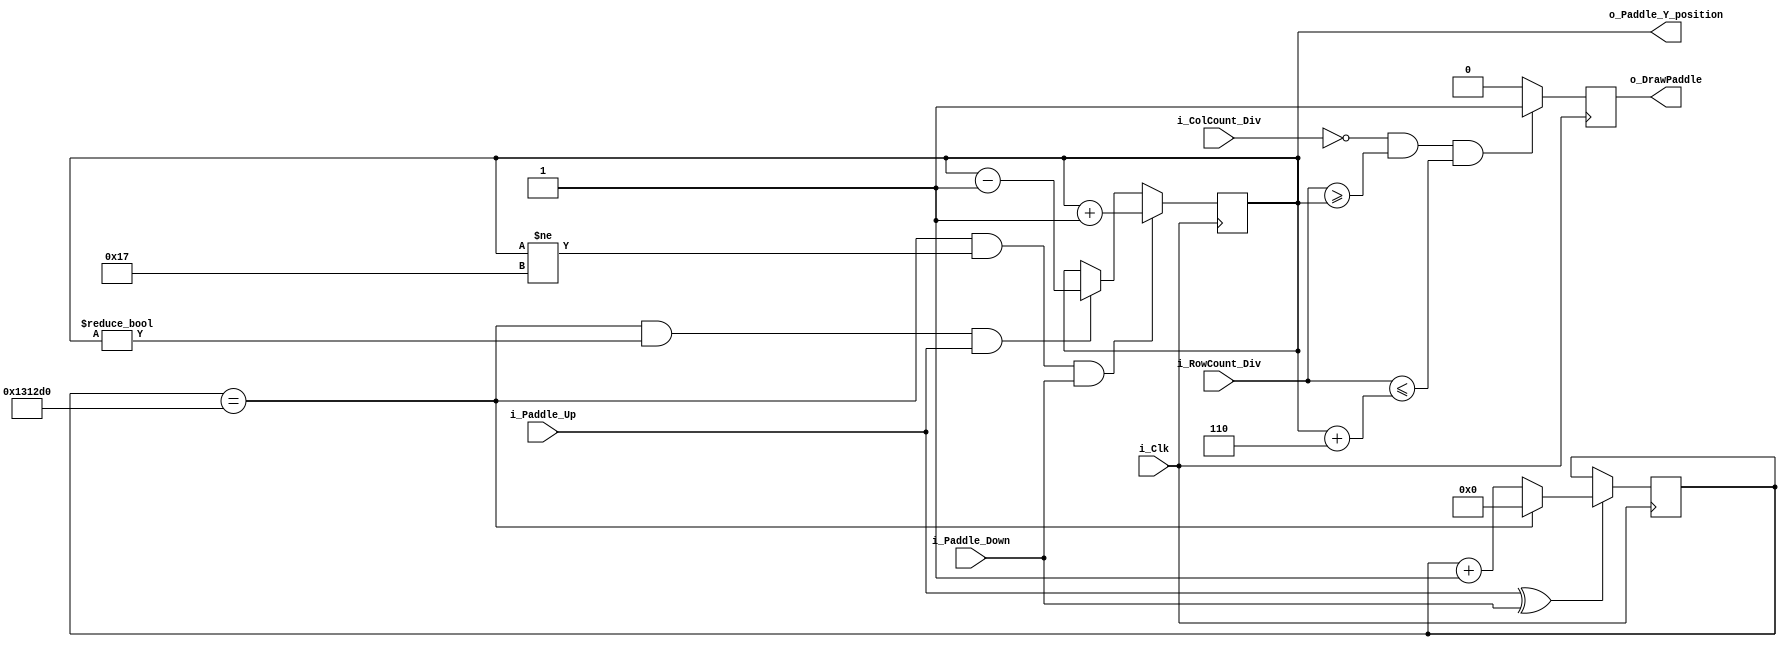
`default_nettype none

module pong_paddle_control #(
    parameter c_PADDLE_X_POSITION = 0,
    parameter c_PADDLE_HEIGHT = 6,
    parameter c_GAME_WINDOW_HEIGHT = 30
)
(
    input wire i_Clk,
    input wire [5:0] i_ColCount_Div,
    input wire [5:0] i_RowCount_Div,
    input wire i_Paddle_Up,
    input wire i_Paddle_Down,
    output reg o_DrawPaddle,
    output reg [5:0] o_Paddle_Y_position = 0
);

    // The system clock is 25 MHz, which means that one clock cycle is 1/25 Mhz = 40 ns
    // If we choose to have a 50 ms delay between each paddle movement we get 50 ms / 40 ns = 1250000 clock cycles
    localparam c_PADDLE_DELAY_CYCLES= 1250000;

    reg [31:0] r_PaddleDelayCounter = 0;
    wire w_Paddle_Command_Valid;
    assign w_Paddle_Command_Valid = i_Paddle_Up ^ i_Paddle_Down;

    always @(posedge i_Clk) begin
        
        if (w_Paddle_Command_Valid == 1'b1) begin
            if (r_PaddleDelayCounter == c_PADDLE_DELAY_CYCLES) begin
                r_PaddleDelayCounter <= 0;
            end
            else begin
               r_PaddleDelayCounter <= r_PaddleDelayCounter + 1; 
            end
        end

        if ((r_PaddleDelayCounter == c_PADDLE_DELAY_CYCLES) && (o_Paddle_Y_position != (c_GAME_WINDOW_HEIGHT - c_PADDLE_HEIGHT - 1)) && (i_Paddle_Down == 1'b1)) begin
            o_Paddle_Y_position <= o_Paddle_Y_position + 1;
        end
        else if ((r_PaddleDelayCounter == c_PADDLE_DELAY_CYCLES) && (o_Paddle_Y_position != 0) && (i_Paddle_Up == 1'b1)) begin
            o_Paddle_Y_position <= o_Paddle_Y_position - 1;
        end

    end

    always @(posedge i_Clk) begin
    
        if((i_ColCount_Div == c_PADDLE_X_POSITION) && (i_RowCount_Div >= o_Paddle_Y_position) && (i_RowCount_Div <= o_Paddle_Y_position + c_PADDLE_HEIGHT)) begin
            o_DrawPaddle <= 1'b1;
        end
        else begin
            o_DrawPaddle <= 1'b0;
        end

    end

endmodule